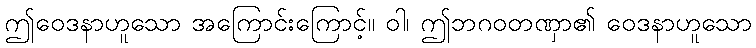
ဤဝေဒနာဟူသော အကြောင်းကြောင့်။ ဝါ၊ ဤဘဂဝတဏှာ၏ ဝေဒနာဟူသော